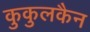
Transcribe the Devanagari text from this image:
कुकुलकैन